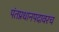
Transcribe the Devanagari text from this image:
पंतप्रधानपदावरच